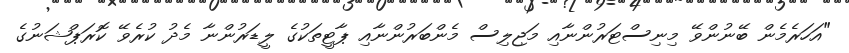
"އަހަރެމެން ބޭނުންވޭ މިނިސްޓަރުންނާއި މަޖިލިސް މެންބަރުންނާއި ޕާޓީތަކުގެ ލީޑަރުންނާ މެދު ކުރެވޭ ކޮރަޕްޝަނުގެ